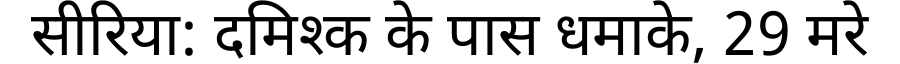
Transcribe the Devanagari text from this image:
सीरिया: दमिश्क के पास धमाके, 29 मरे